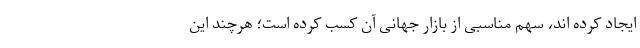
ایجاد کرده اند، سهم مناسبی از بازار جهانی آن کسب کرده است؛ هرچند این